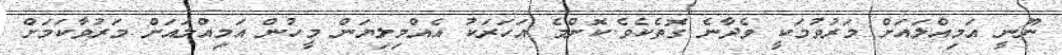
ނޫނީ އަމިއްލައަށް މަރުވުމަކީ ވެދާނެ ގޮތެކެވެ.ކޮންމެ އަހަރަކު އެއްމިލިޔަން މީހުން އަމިއްލައަށް މަރުވާކަމަށް